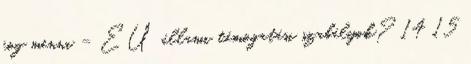
fog menni – EU állami támogatási szabályok? 14 15